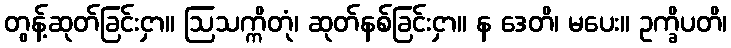
တွန့်ဆုတ်ခြင်းငှာ။ ဩသက္ကိတုံ၊ ဆုတ်နစ်ခြင်းငှာ။ န ဒေတိ၊ မပေး။ ဥက္ခိပတိ၊